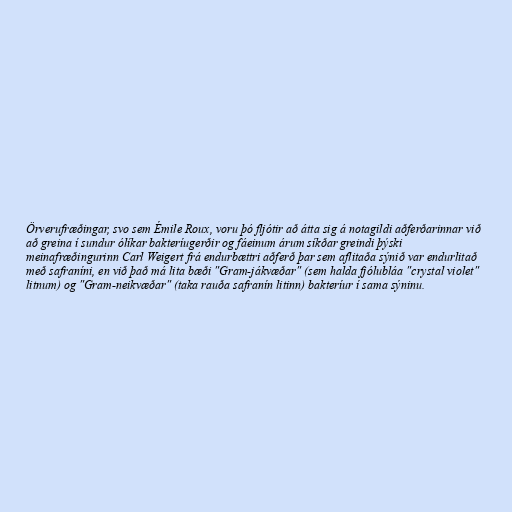
Örverufræðingar, svo sem Émile Roux, voru þó fljótir að átta sig á notagildi aðferðarinnar við
að greina í sundur ólíkar bakteríugerðir og fáeinum árum síkðar greindi þýski
meinafræðingurinn Carl Weigert frá endurbættri aðferð þar sem aflitaða sýnið var endurlitað
með safraníni, en við það má lita bæði "Gram-jákvæðar" (sem halda fjólubláa "crystal violet"
litnum) og "Gram-neikvæðar" (taka rauða safranín litinn) bakteríur í sama sýninu.